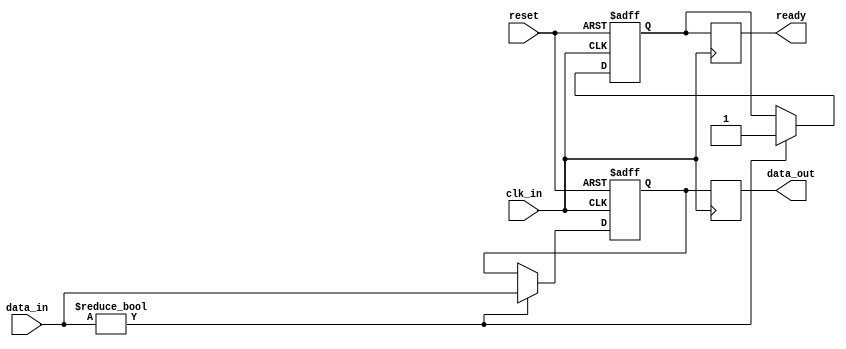
module timing_control_and_sync (
    input wire clk_in,
    input wire reset,
    input wire [7:0] data_in,
    output reg [7:0] data_out,
    output wire ready
);

reg [7:0] data_reg;
reg ready_reg;

always @(posedge clk_in or posedge reset) begin
    if (reset) begin
        data_reg <= 8'b0;
        ready_reg <= 1'b0;
    end else begin
        if (data_in != 8'b0) begin
            data_reg <= data_in;
            ready_reg <= 1'b1;
        end
    end
end

always @(posedge clk_in) begin
    data_out <= data_reg;
    ready <= ready_reg;
end

endmodule